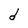
Character: d